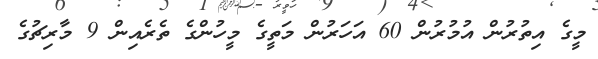
މީގެ އިތުރުން އުމުރުން 60 އަހަރުން މަތީގެ މީހުންގެ ތެރެއިން 9 މާރިޗުގެ